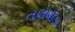
તલવાડા